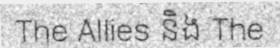
The Allies និង The